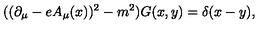
( ( \partial _ { \mu } - e A _ { \mu } ( x ) ) ^ { 2 } - m ^ { 2 } ) G ( x , y ) = \delta ( x - y ) ,